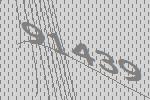
91439